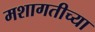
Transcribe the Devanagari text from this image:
मशागतीच्या